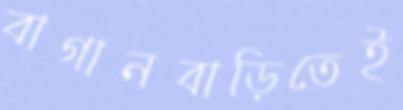
বাগানবাড়িতেই